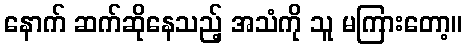
နောက် ဆက်ဆိုနေသည့် အသံကို သူ မကြားတော့။